Document type: Inventory
Year: 1295
Scribe: Pere Marc
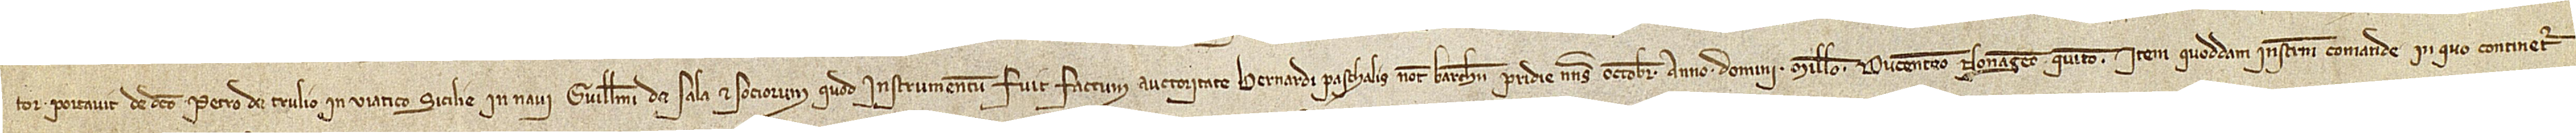
tor, portavit de dicto Petro de Trulio in viatico Sicilie in navi Guillelmi de Sala et sociorum, quod instrumentum fuit factum auctoritate Bernardi Paschalis, notarii Barchinone, pridie nonas octobris, anno Domini millesimo ducentesimo nonagesimo quinto; item, quoddam instrumentum comande in quo continetur